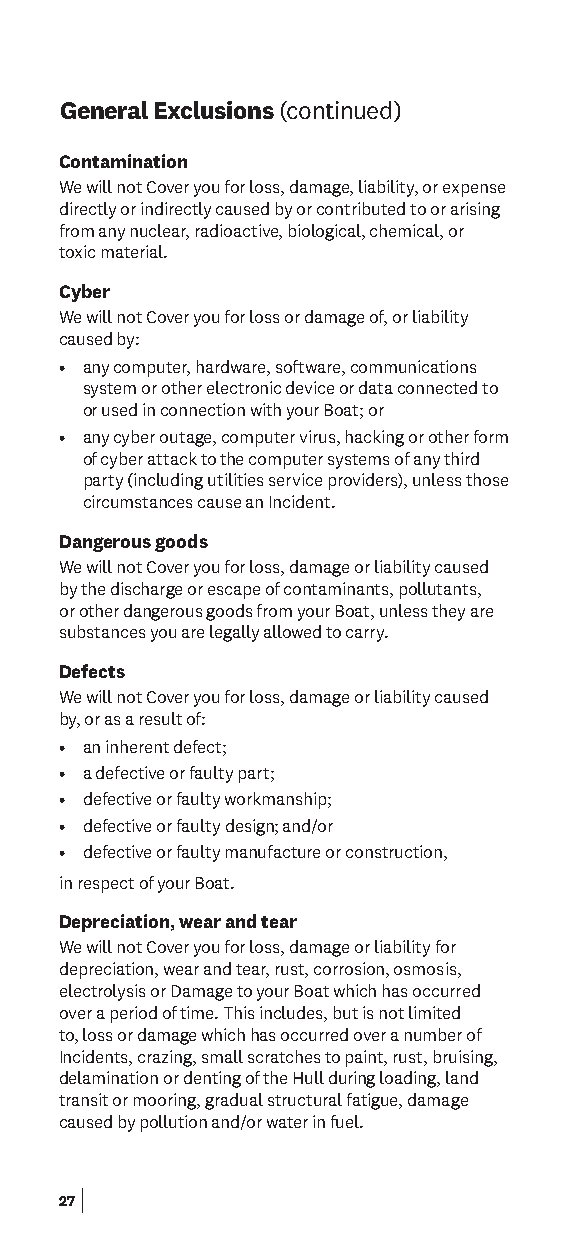
General Exclusions (continued)
 Contamination
 We will not Cover you for loss, damage, liability, or expense
 directly or indirectly caused by or contributed to or arising
 from any nuclear, radioactive, biological, chemical, or
 toxic material.
 Cyber
 We will not Cover you for loss or damage of, or liability
 caused by:
 • any computer, hardware, software, communications
 system or other electronic device or data connected to
 or used in connection with your Boat; or
 • any cyber outage, computer virus, hacking or other form
 of cyber attack to the computer systems of any third
 party (including utilities service providers), unless those
 circumstances cause an Incident.
 Dangerous goods
 We will not Cover you for loss, damage or liability caused
 by the discharge or escape of contaminants, pollutants,
 or other dangerous goods from your Boat, unless they are
 substances you are legally allowed to carry.
 Defects
 We will not Cover you for loss, damage or liability caused
 by, or as a result of:
 • an inherent defect;
 • a defective or faulty part;
 • defective or faulty workmanship;
 • defective or faulty design; and/or
 • defective or faulty manufacture or construction,
 in respect of your Boat.
 Depreciation, wear and tear
 We will not Cover you for loss, damage or liability for
 depreciation, wear and tear, rust, corrosion, osmosis,
 electrolysis or Damage to your Boat which has occurred
 over a period of time. This includes, but is not limited
 to, loss or damage which has occurred over a number of
 Incidents, crazing, small scratches to paint, rust, bruising,
 delamination or denting of the Hull during loading, land
 transit or mooring, gradual structural fatigue, damage
 caused by pollution and/or water in fuel.
 27